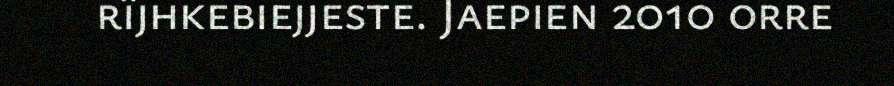
rïjhkebiejjeste. Jaepien 2010 orre